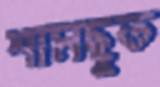
শামছুত